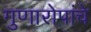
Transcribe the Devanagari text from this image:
गुणारोपांचे